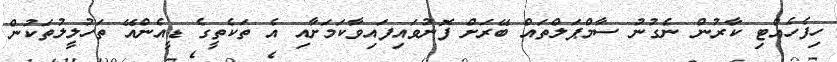
ހިފެހެއްޓި ކާރުން ނެގުނު ސާމްޕަލްތައް ބޭރަށް ފޮނުވައިފައިވާކަމަށާއި އެ ތަކެތީގެ ޑީއެންއޭ ތަހުލީލުތަކުން